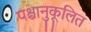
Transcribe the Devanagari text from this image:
पश्चानुकूलित